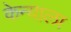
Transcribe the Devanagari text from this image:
केन्याला